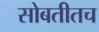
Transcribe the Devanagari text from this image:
सोबतीतच